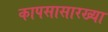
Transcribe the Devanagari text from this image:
कापसासारख्या